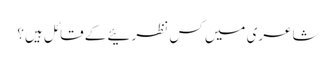
شاعری میں کس نظرئیے کے قائل ہیں؟